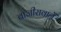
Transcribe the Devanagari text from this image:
बाजीरावानें